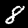
Label: 8